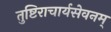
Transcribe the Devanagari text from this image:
तुष्टिराचार्यसेवनम्